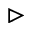
\vartriangleright